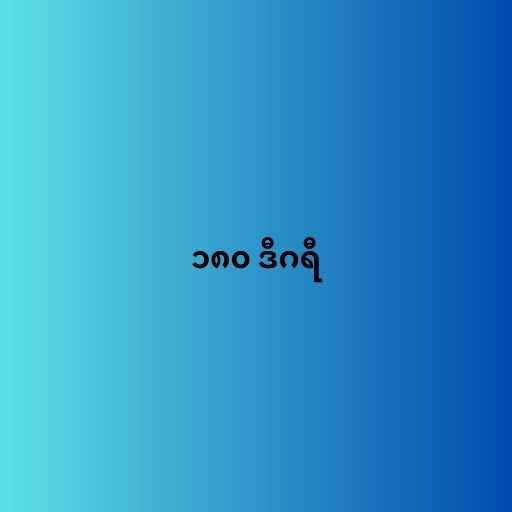
၁၈၀ ဒီဂရီ